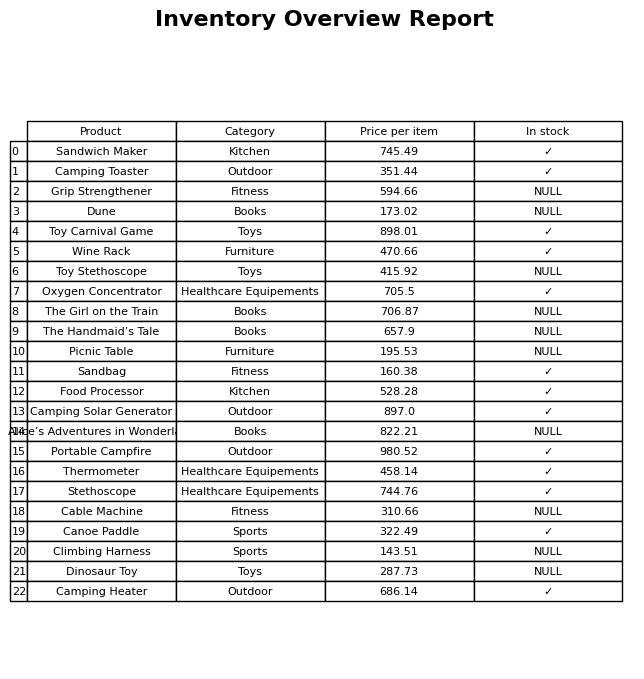
question: What is the price of the Oxygen Concentrator?
answer: The price of Oxygen Concentrator is 705.5.